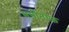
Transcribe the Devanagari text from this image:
समीनोफ़